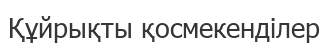
Құйрықты қосмекенділер